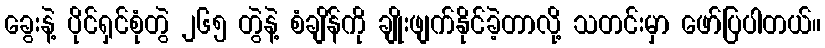
ခွေးနဲ့ ပိုင်ရှင်စုံတွဲ ၂၆၅ တွဲနဲ့ စံချိန်ကို ချိုးဖျက်နိုင်ခဲ့တာလို့ သတင်းမှာ ဖော်ပြပါတယ်။